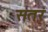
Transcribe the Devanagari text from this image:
सतरं